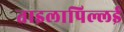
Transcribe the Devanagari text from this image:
ताइलापिल्लई